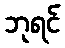
ဘုရင်